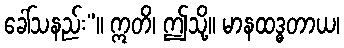
ခေါ်သနည်း”။ ဣတိ၊ ဤသို့။ မာနထဒ္ဓတာယ၊